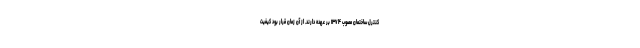
کنترل ساختمان مصوب ۱۳۷۴ بر عهده دارند. از آن زمان قرار بود کیفیت